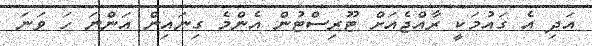
އަދި އެ ގައުމަކީ ރާއްޖެއަށް ޓޫރިސްޓުން އެންމެ ގިނައިން އަންނަ ހަ ވަނަ